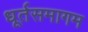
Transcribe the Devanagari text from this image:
धूर्तसमागम